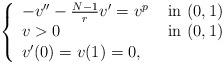
LaTeX: \begin{align*}\left\{\begin{array}{ll}-v''-\frac{N-1}rv'=v^p & \hbox{ in }(0,1)\\v>0& \hbox{ in }(0,1)\\v'(0)=v(1)=0,\end{array}\right.\end{align*}